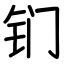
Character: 钔